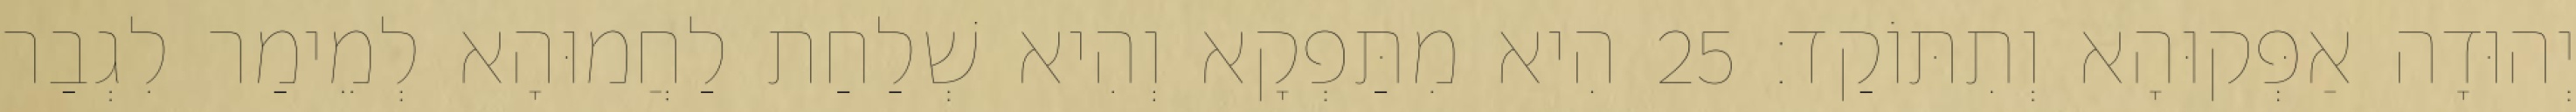
יְהוּדָה אַפְּקוּהָא וְתִתּוֹקַד׃ 25 הִיא מִתַּפְקָא וְהִיא שְׁלַחַת לַחֲמוּהָא לְמֵימַר לִגְבַר